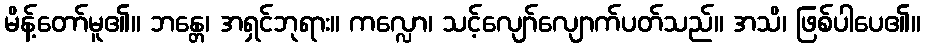
မိန့်တော်မူ၏။ ဘန္တေ၊ အရှင်ဘုရား။ ကလ္လော၊ သင့်လျော်လျောက်ပတ်သည်။ အသိ၊ ဖြစ်ပါပေ၏။